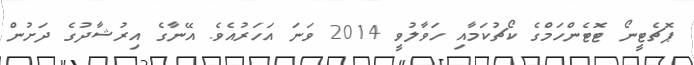
ޕޮޗެޓީނޯ ޓޮޓެންހަމްގެ ކޯޗުކަމާއި ހަވާލުވީ 2014 ވަނަ އަހަރުއެވެ. އޭނާގެ އިރުޝާދުގެ ދަށުން